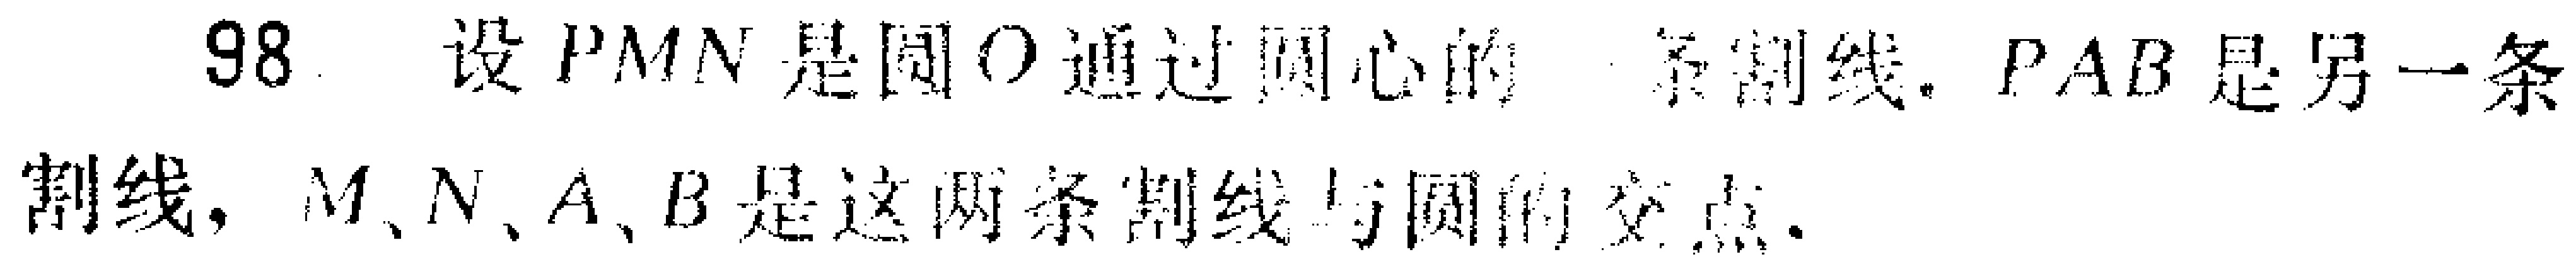
98. 设 \(PMN\) 是圆 \(O\) 通过圆心的一条割线，\(PAB\) 是另一条割线，\(M\)、\(N\)、\(A\)、\(B\) 是这两条割线与圆的交点。